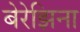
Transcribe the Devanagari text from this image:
बेरेझिना